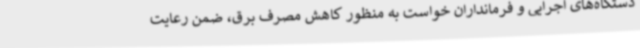
دستگاه‌های اجرایی و فرمانداران خواست به منظور کاهش مصرف برق، ضمن رعایت